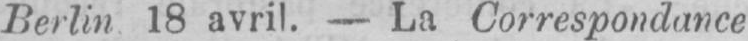
Berlin 18 avril. - La Correspondance